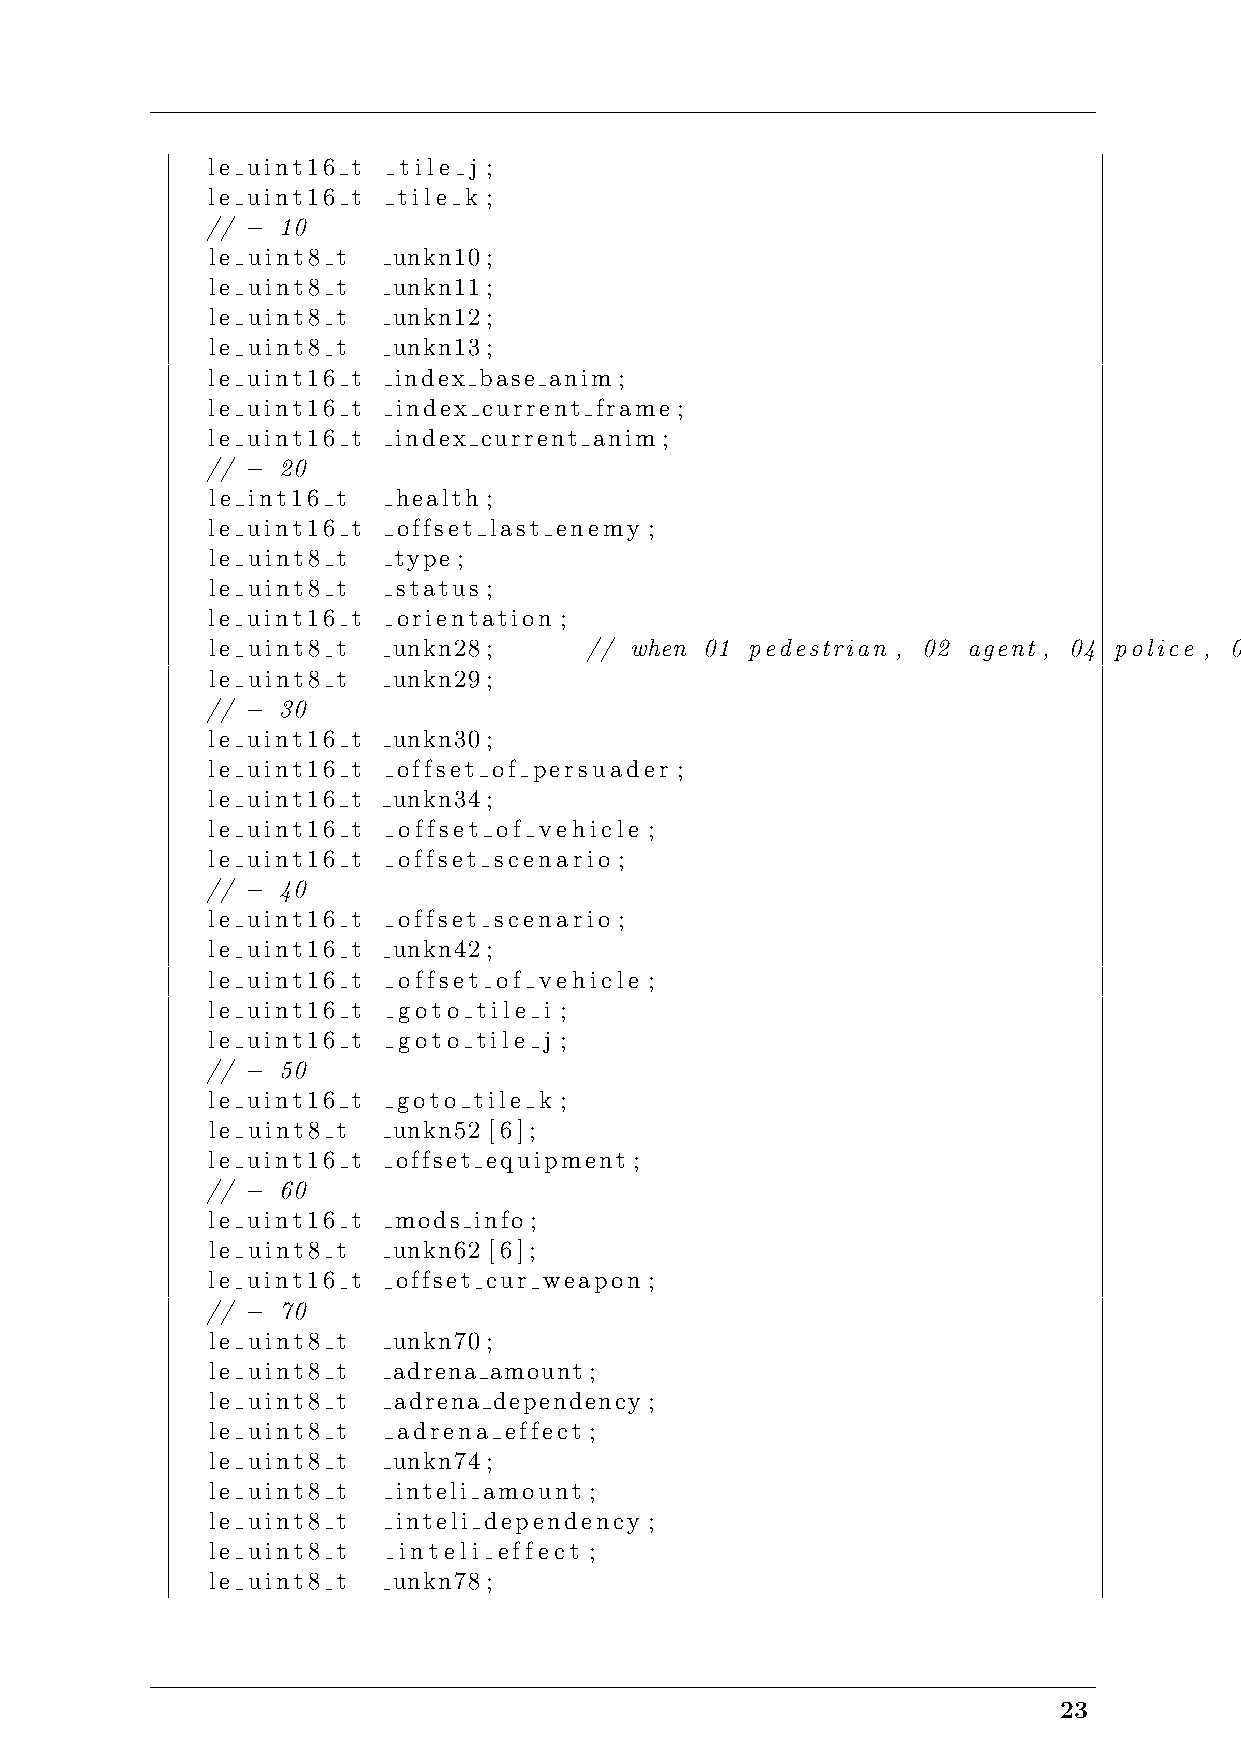
le uint16 t tile j ;
 le uint16 t tile k ;
 // − 10
 le uint8 t  unkn10;
 le uint8 t  unkn11;
 le uint8 t  unkn12;
 le uint8 t  unkn13;
 le uint16 t index base anim ;
 le uint16 t index current frame ;
 le uint16 t index current anim ;
 // − 20
 le int16 t  health ;
 le uint16 t offset last enemy ;
 le uint8 t  type ;
 le uint8 t  status ;
 le uint16 t orientation ;
 le uint8 t  unkn28;      // when 01 pedestrian , 02 agent , 04 police , 08 guard : change IA and minimap
 le uint8 t  unkn29;
 // − 30
 le uint16 t unkn30;
 le uint16 t offset of persuader ;
 le uint16 t unkn34;
 le uint16 t offset of vehicle ;
 le uint16 t offset scenario ;
 // − 40
 le uint16 t offset scenario ;
 le uint16 t unkn42;
 le uint16 t offset of vehicle ;
 le uint16 t goto  tile i ;
 le uint16 t goto  tile j ;
 // − 50
 le uint16 t goto tile k ;
 le uint8 t  unkn52 [6];
 le uint16 t offset equipment ;
 // − 60
 le uint16 t mods info ;
 le uint8 t  unkn62 [6];
 le uint16 t offset cur weapon ;
 // − 70
 le uint8 t  unkn70;
 le uint8 t  adrena amount;
 le uint8 t  adrena dependency ;
 le uint8 t  adrena effect ;
 le uint8 t  unkn74;
 le uint8 t  inteli amount ;
 le uint8 t  inteli dependency ;
 le uint8 t  inteli effect ;
 le uint8 t  unkn78;
 23